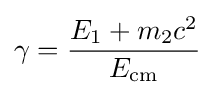
\gamma ={\frac {E_{1}+m_{2}c^{2}}{E_{\text{cm}}}}